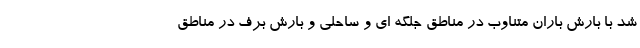
شد با بارش باران متناوب در مناطق جلگه ای و ساحلی و بارش برف در مناطق